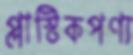
প্লাস্টিকপণ্য